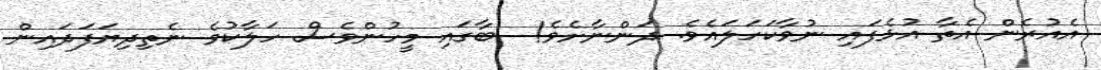
އެއުރެން އެތާ އުޅެފައި ނުވާކަހަލައެވެ. ދަންނާށެވެ!  ބާގައި މީހުންވެސް ހަލާކުވެ ނެތިދިޔަފަދައިން